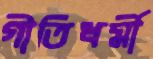
গীতিধর্মী